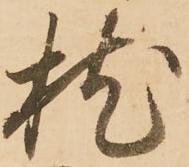
枕